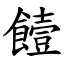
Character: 饐